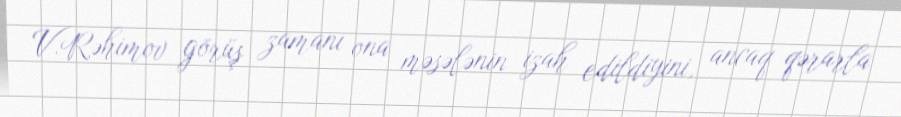
V.Rəhimov görüş zamanı ona məsələnin izah edildiyini, ancaq qərarla